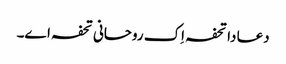
دعا دا تحفہ اِک روحانی تحفہ اے۔